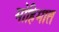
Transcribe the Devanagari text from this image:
मोहिमात